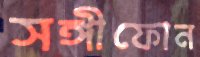
সঙ্গীফোন